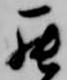
罷